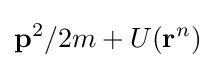
\mathbf {p} ^{2}/2m+U(\mathbf {r} ^{n})